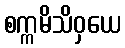
စက္ကမိသိဝှယေ